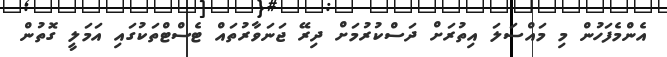
އެންމެފަހުން މި މައްސަލަ އިތުރަށް ދަސްކުރުމަށް ދިރޭ ޖަނަވާރުތައް ޓެސްޓްތަކުގައި އަމަލީ ގޮތުން